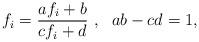
LaTeX: \begin{align*}f_{i} = \frac{af_{i} + b}{cf_{i} + d}~, ~~ab - cd =1,\end{align*}